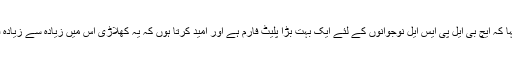
انھوں نے کہا کہ ایچ بی ایل پی ایس ایل نوجوانوں کے لئے ایک بہت بڑا پلیٹ فارم ہے اور امید کرتا ہوں کہ یہ کھلاڑی اس میں زیادہ سے زیادہ فائدہ اٹھائیں۔